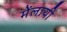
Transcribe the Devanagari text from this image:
मेंलायी